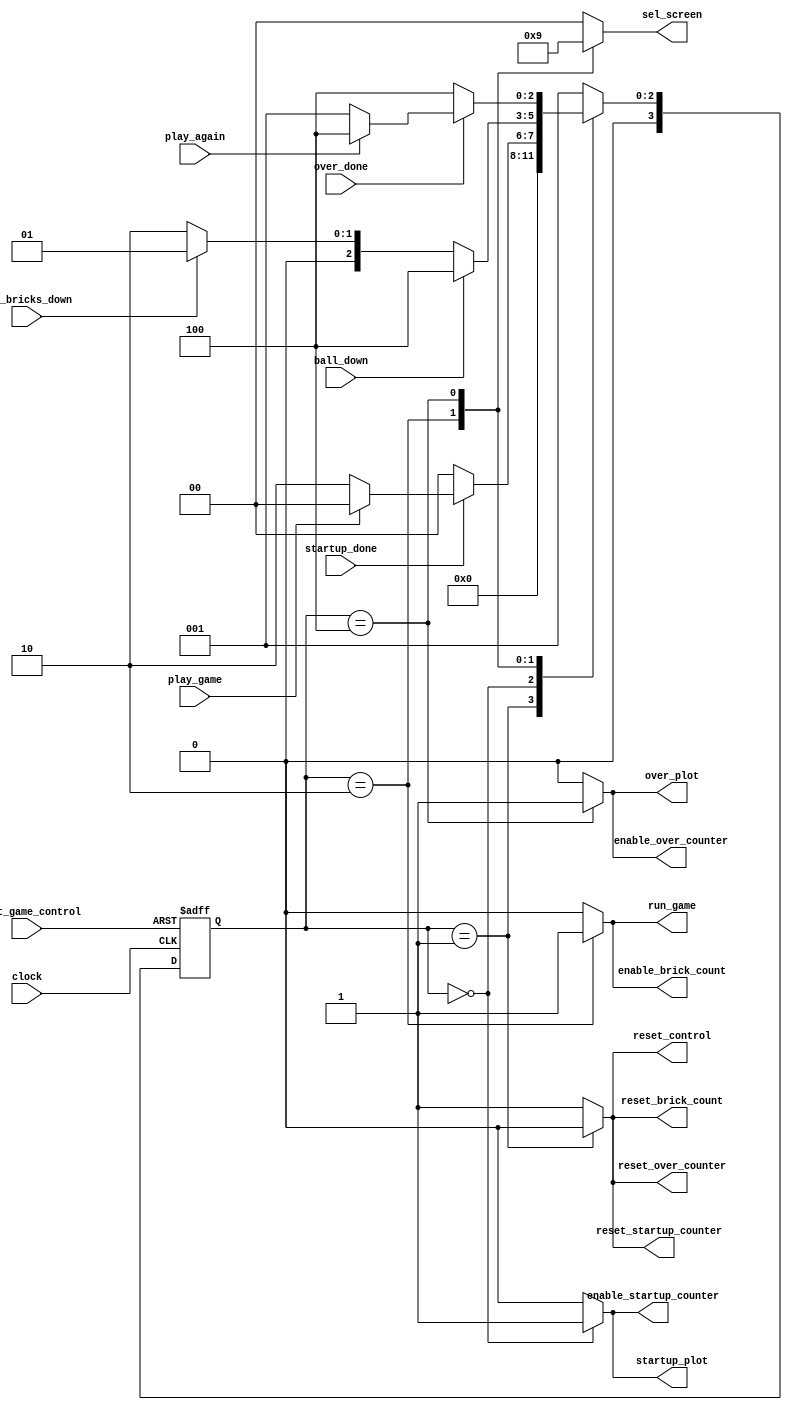
`timescale 1ns / 1ns // `timescale time_unit/t

/* Control that keeps track of the state of the game */
module game_control(
					clock, 
					reset_game_control, 
					play_game, 
					all_bricks_down, 
					ball_down, 
					play_again,
					startup_done, 
					over_done, 
					reset_startup_counter, 
					enable_startup_counter, 
					reset_over_counter, 
					enable_over_counter, 
					startup_plot, 
					over_plot,
					reset_brick_count, 
					enable_brick_count, 
					run_game, 
					reset_control, 
					sel_screen
					);
					
	input clock;
	input reset_game_control; // SW[0]
	input play_game;       // KEY[2]
	input all_bricks_down, ball_down;
	input play_again; // KEY[2]    
	
	input startup_done, over_done;
	
	output reg reset_startup_counter, enable_startup_counter;
	output reg reset_over_counter, enable_over_counter;
	output reg startup_plot, over_plot;
	
	
	output reg reset_brick_count, enable_brick_count;
	output reg run_game; // enable the control module 
	output reg reset_control; //resets the control module
	output reg [1:0] sel_screen; 
	
	localparam
		RESET_GAME = 4'd1,               // resets the needed modules
		SHOW_STARTUP_SCREEN = 4'd0, 	 // displays startup message on the screen 
		PLAY_GAME = 4'd2,     			 // plays the game - checks for failure or win
		RESTART_GAME = 4'd3, 			 // if all the bricks have been beaten down, prompts user
		GAME_OVER_SCREEN = 4'd4;		 // if failed, display game over screen
		
	reg [3:0] current_state, next_state;
	
	always @ (*)
	begin: state_table 
		case (current_state)
			RESET_GAME: next_state = SHOW_STARTUP_SCREEN;
			SHOW_STARTUP_SCREEN: begin
				if (startup_done)    
				 	next_state = (!play_game) ? PLAY_GAME: SHOW_STARTUP_SCREEN;
				else 
					next_state = SHOW_STARTUP_SCREEN;
			end 
			PLAY_GAME:
				begin
					if (ball_down)
						next_state = GAME_OVER_SCREEN;
					else if (all_bricks_down)
						next_state = RESET_GAME;
					else
						next_state = PLAY_GAME;
				end 
			GAME_OVER_SCREEN: begin
				if (over_done)
					next_state = (!play_again) ? RESET_GAME : GAME_OVER_SCREEN;
				else 
					next_state = GAME_OVER_SCREEN;
				end
			default: next_state = RESET_GAME;
		endcase 
	end
	
	always @ (*)
		begin: enable_signals
			reset_brick_count = 1; 
			enable_brick_count = 0;
			run_game = 0;
			reset_control = 1;
			reset_startup_counter = 1;
			reset_over_counter = 1;
			enable_startup_counter = 0;
			enable_over_counter = 0;
			startup_plot = 0;
			over_plot = 0; 
			sel_screen = 2'd0;
			case (current_state)
				RESET_GAME: begin
				   reset_control = 0;
				   reset_brick_count = 0;
				   reset_startup_counter = 0;
				   reset_over_counter = 0;
				   sel_screen = 2'd0;
				end 
				SHOW_STARTUP_SCREEN: begin
					enable_startup_counter = 1;
					startup_plot = 1; 
					sel_screen = 2'd0;	
				end
				PLAY_GAME: begin
					enable_brick_count = 1;
					run_game = 1;
					sel_screen = 2'd2;
				end 
				GAME_OVER_SCREEN: begin 
					sel_screen = 2'd1;
					enable_over_counter = 1;
					over_plot = 1;
				end
			endcase 
		end
		     
		
	always @ (posedge clock, negedge reset_game_control)
	begin: state_FFs
		if (!reset_game_control)
			current_state <= RESET_GAME;
		else
			current_state <= next_state;
	end 
		  	 
			
endmodule